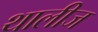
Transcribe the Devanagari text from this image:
थालीज